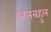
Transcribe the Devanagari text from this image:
जनबहुल